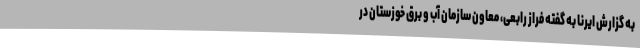
به گزارش ایرنا به گفته فراز رابعی، معاون سازمان آب و برق خوزستان در